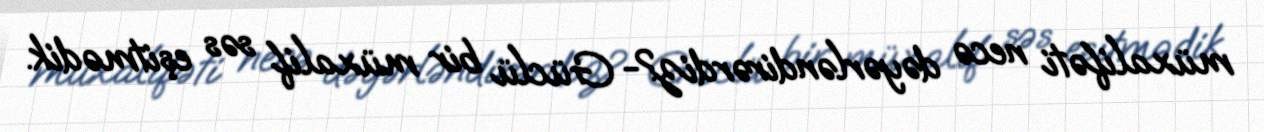
müxalifəti necə dəyərləndirərdiz?- Güclü bir müxalif səs eşitmədik.